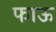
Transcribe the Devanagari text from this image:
फाऊ